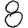
Digit: 8